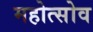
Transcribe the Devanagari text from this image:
महोत्सोव